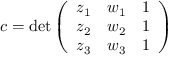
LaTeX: c = \operatorname* { d e t } { \left( \begin{array} { l l l } { z _ { 1 } } & { w _ { 1 } } & { 1 } \\ { z _ { 2 } } & { w _ { 2 } } & { 1 } \\ { z _ { 3 } } & { w _ { 3 } } & { 1 } \end{array} \right) }